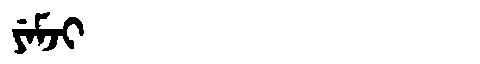
Manchu: ᠶᡝᠮᠵᡳ
Romanization: YEMJI